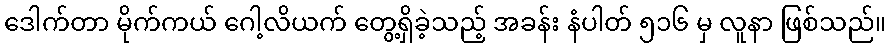
ဒေါက်တာ မိုက်ကယ် ဂေါ့လိယက် တွေ့ရှိခဲ့သည့် အခန်း နံပါတ် ၅၁၆ မှ လူနာ ဖြစ်သည်။